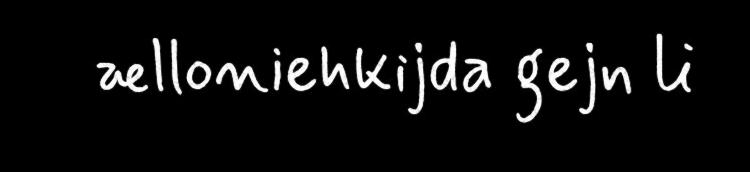
ælloniehkijda gejn li